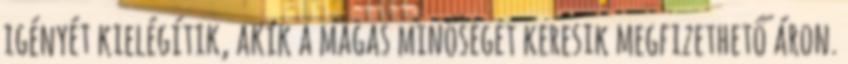
igényét kielégítik, akik a magas minőséget keresik megfizethető áron.